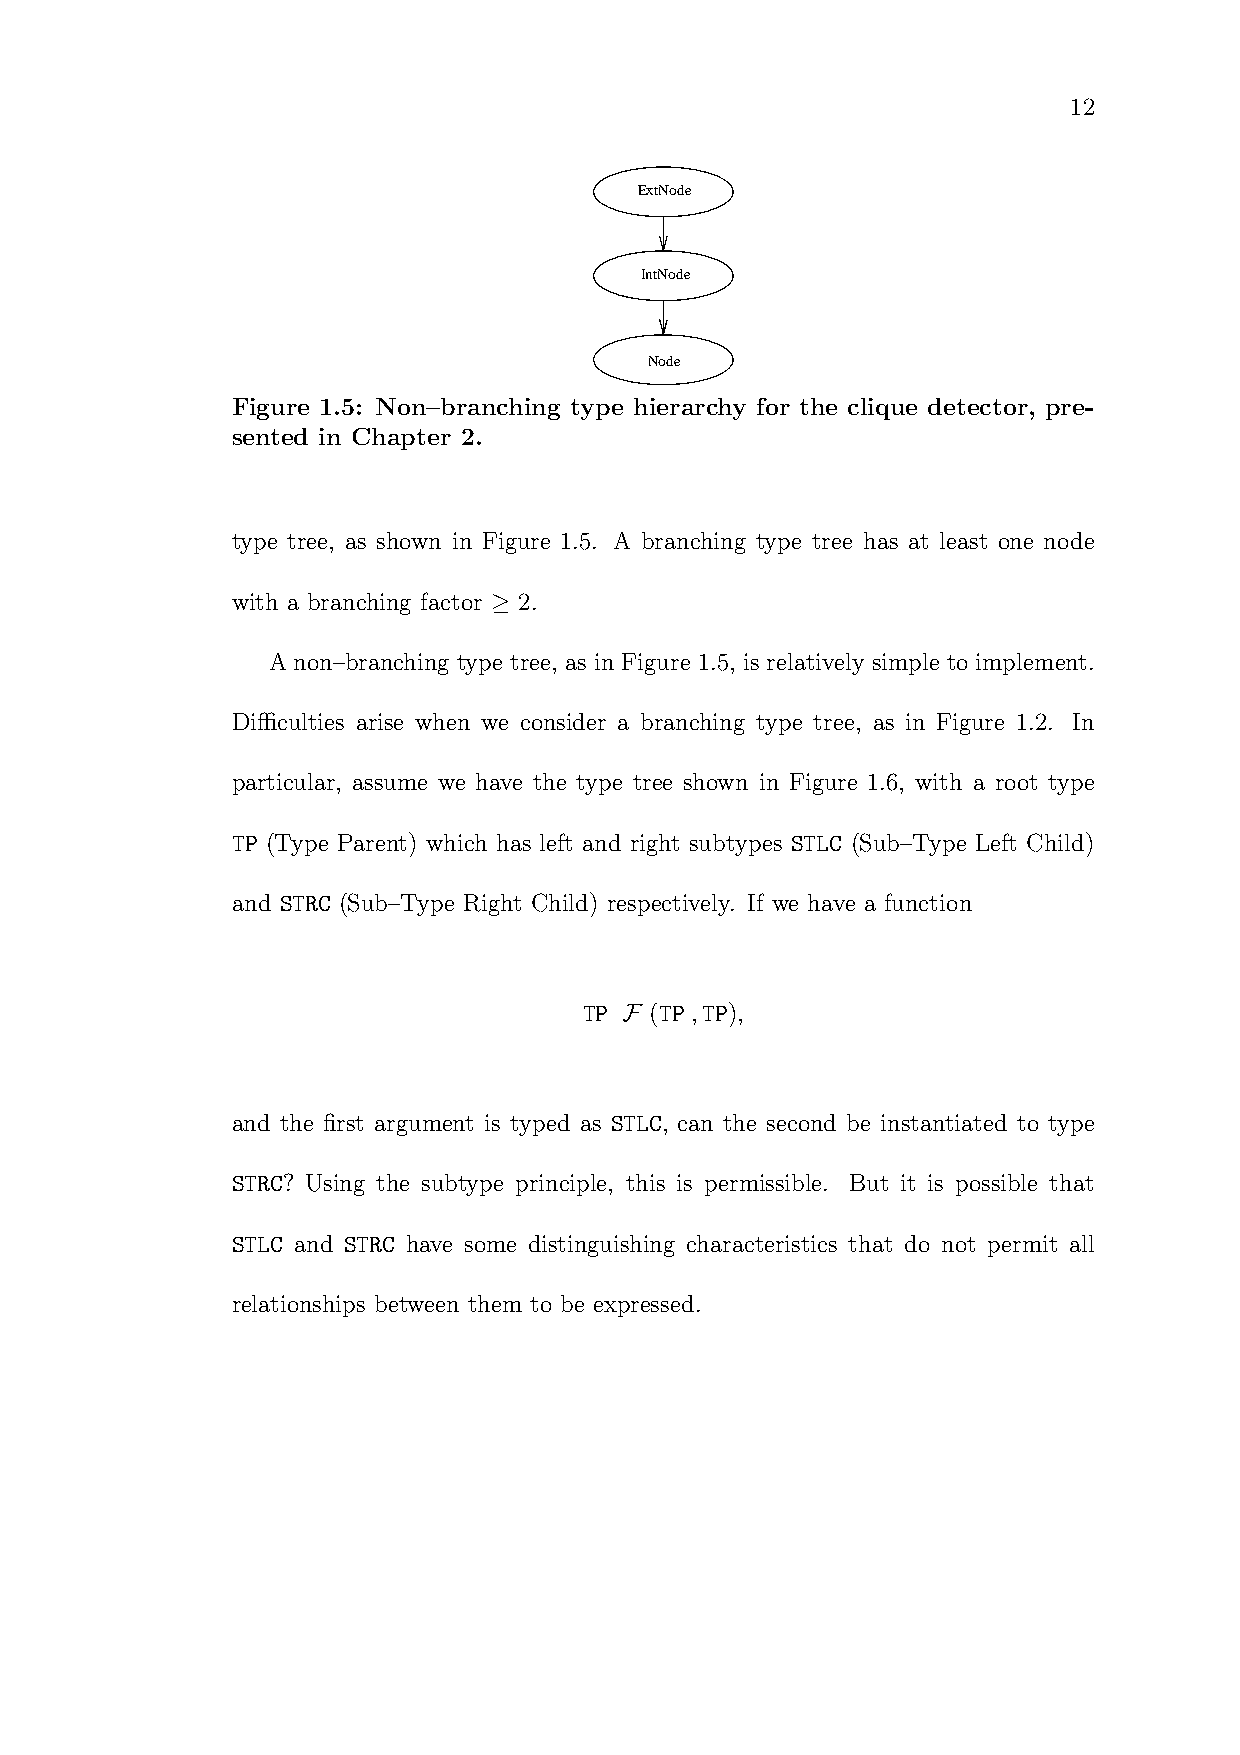
12
 ExtNode
 IntNode
 Node
 Figure 1.5: Non–branching type hierarchy for the clique detector, pre-
 sented in Chapter 2.
 type tree, as shown in Figure 1.5. A branching type tree has at least one node
 with a branching factor ≥ 2.
 A non–branching type tree, as in Figure 1.5, is relatively simple to implement.
 Difficulties arise when we consider a branching type tree, as in Figure 1.2. In
 particular, assume we have the type tree shown in Figure 1.6, with a root type
 TP (Type Parent) which has left and right subtypes STLC (Sub–Type Left Child)
 and STRC (Sub–Type Right Child) respectively. If we have a function
 TP F (TP ,TP),
 and the first argument is typed as STLC, can the second be instantiated to type
 STRC? Using the subtype principle, this is permissible. But it is possible that
 STLC and STRC have some distinguishing characteristics that do not permit all
 relationships between them to be expressed.